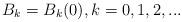
LaTeX: \begin{align*} B_{k}=B_{k}(0), k=0,1,2,...\end{align*}